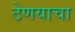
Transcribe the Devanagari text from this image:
ठेणयाचा